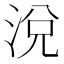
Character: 涗